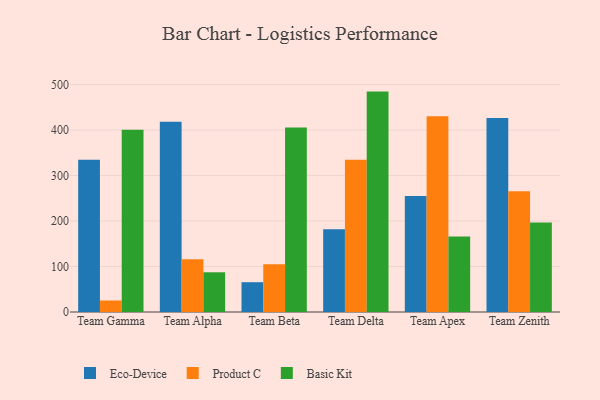
{"axis": {"x": "Team", "y": "Net Income (USD K)"}, "legend": ["Basic Kit", "Eco-Device", "Product C"], "data": [{"x": "Team Gamma", "y": 334.8, "type": "Eco-Device"}, {"x": "Team Gamma", "y": 25.3, "type": "Product C"}, {"x": "Team Gamma", "y": 400.7, "type": "Basic Kit"}, {"x": "Team Alpha", "y": 418.1, "type": "Eco-Device"}, {"x": "Team Alpha", "y": 115.8, "type": "Product C"}, {"x": "Team Alpha", "y": 87.3, "type": "Basic Kit"}, {"x": "Team Beta", "y": 65.5, "type": "Eco-Device"}, {"x": "Team Beta", "y": 104.7, "type": "Product C"}, {"x": "Team Beta", "y": 405.7, "type": "Basic Kit"}, {"x": "Team Delta", "y": 182.0, "type": "Eco-Device"}, {"x": "Team Delta", "y": 334.8, "type": "Product C"}, {"x": "Team Delta", "y": 484.5, "type": "Basic Kit"}, {"x": "Team Apex", "y": 255.1, "type": "Eco-Device"}, {"x": "Team Apex", "y": 430.5, "type": "Product C"}, {"x": "Team Apex", "y": 166.2, "type": "Basic Kit"}, {"x": "Team Zenith", "y": 426.3, "type": "Eco-Device"}, {"x": "Team Zenith", "y": 265.5, "type": "Product C"}, {"x": "Team Zenith", "y": 196.5, "type": "Basic Kit"}]}